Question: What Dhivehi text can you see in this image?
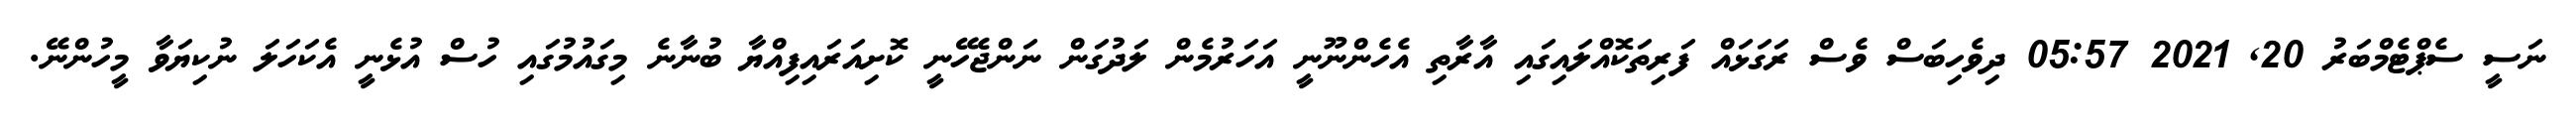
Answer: ނަސީ ސެޕްޓެމްބަރު 20, 2021 05:57 ދިވެހިބަސް ވެސް ރަގަޅައް ފަރިތަކޮއްލައިގައި އާރާތި އެހެންނޫނީ އަހަރުމެން ލަދުގަން ނަންޖެހޭނީ ކޮށިއަރައިފިއްޔާ ބުނާނެ މިގައުމުގައި ހުސް އުޅެނީ އެކަހަލަ ނުކިޔަވާ މީހުންނޭ.